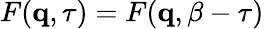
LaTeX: F(\mathbf{q},\tau)=F(\mathbf{q},\beta-\tau)